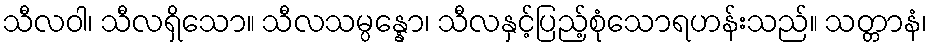
သီလဝါ၊ သီလရှိသော။ သီလသမ္ပန္နော၊ သီလနှင့်ပြည့်စုံသောရဟန်းသည်။ သတ္တာနံ၊